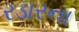
રડારના